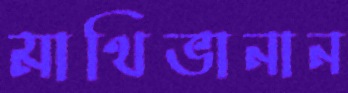
মাথিভানান